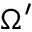
\Omega ^ { \prime }